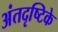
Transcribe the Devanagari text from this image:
अंतदृष्टिके